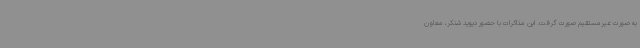
به صورت غیرمستقیم صورت گرفت. این مذاکرات با حضور دیوید شنکر، معاون